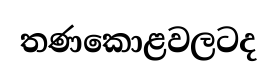
තණකොළවලටද